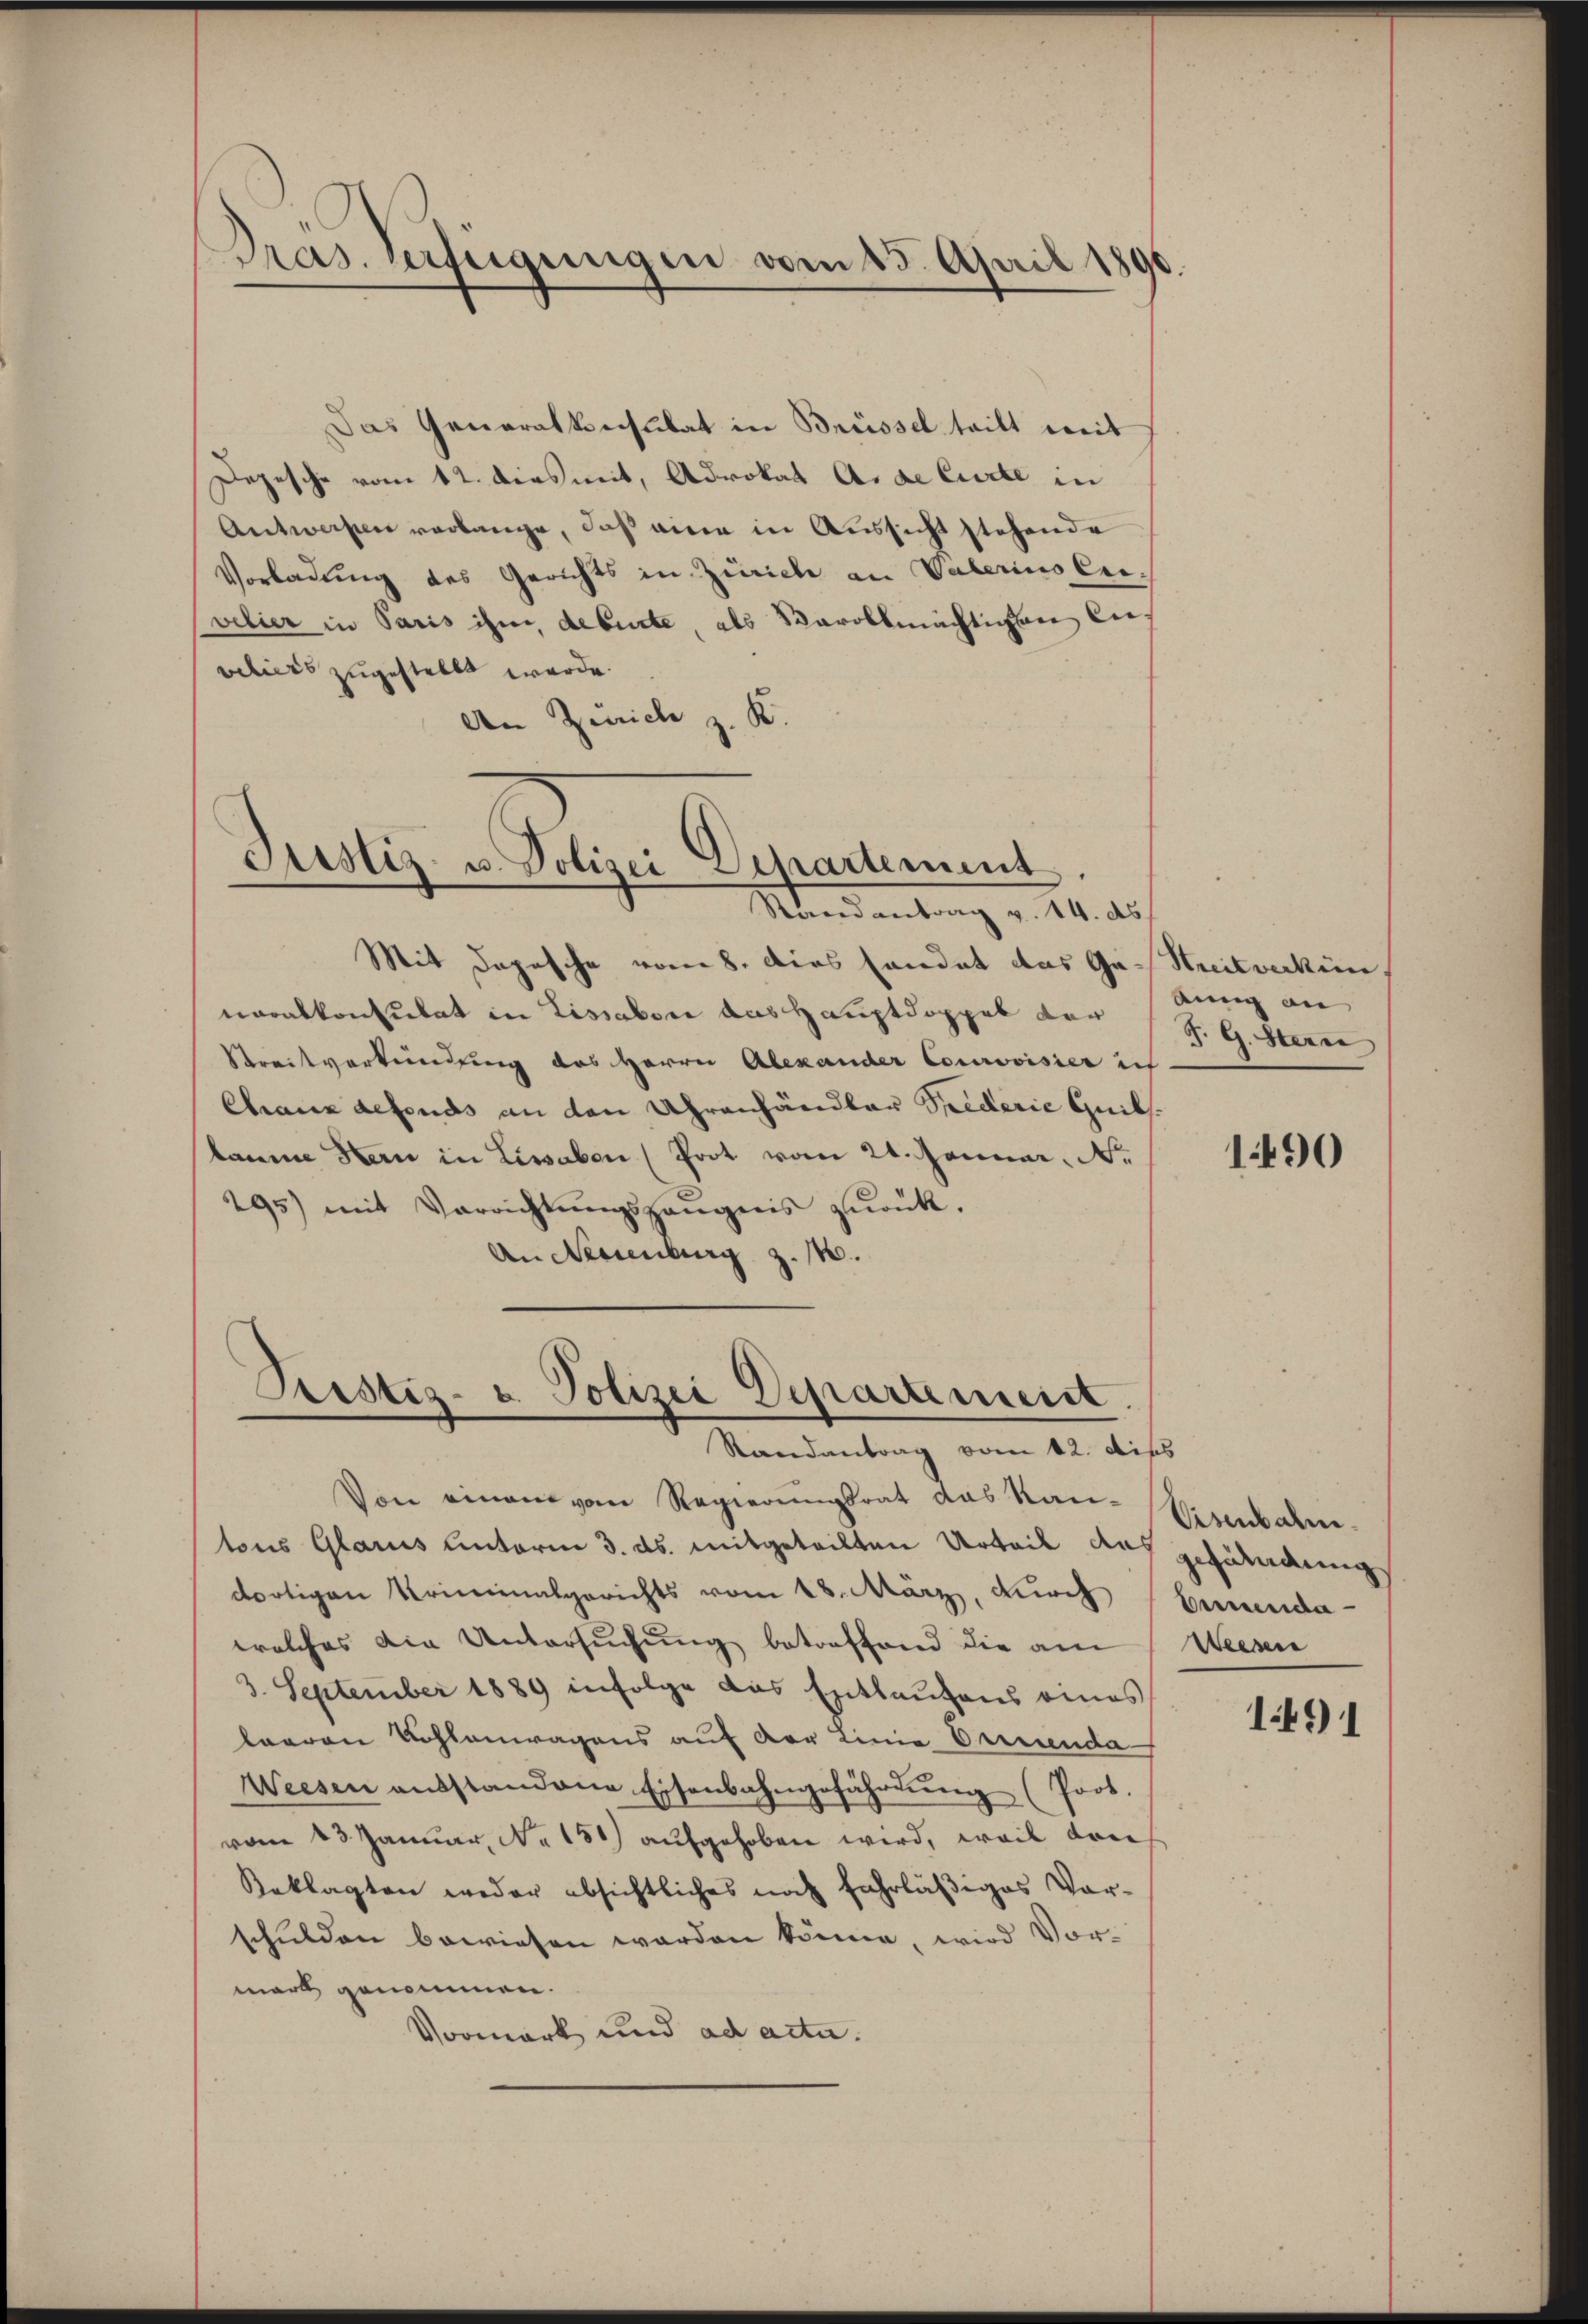
Pras. Verfügungen vom 15. April 1890.

Das Generalkonsulat in Brüssel teilt weit
Depesche vom 12. ders mit, Advokat Arae Curte in
Antworfen verlange, daß eine in Aussicht stehende
Vorladung des Gerichts in Zürich an Vaterins Crevelier in Paris ihm, deburte, als Savollmächlichen lieveliers zugestellt werde.
An Zürich z. K.

Justiz- u. Polizei Departement
Mandantrag v. 14. ds

Mit Depesche vom 8. Dies handet das Genaralkonsulat in Lissaboni das Hauptdoppel der
Kreisverkündung des Herrn Alexander Courovisier ich
Chaux defonds an den Uhrenhändler Seiderie Quils.
baume Hern in Lissaben (Prot vom 21. Jänner, N
295) mit Verrichtungszeugnis zurück.
An Neesenburg z. 10.

Pristiz- & Polizei Departement.

Randantrag vom 12. Diss
Von einem vom Regierŭngsrat das Kan-Eisenbahn-
tons Glarus Unterm 3. ds. mitgeteilten Urteil doch gefährdung
dortigen Kriminalgerichts vom 18. März, durch
welches die Untersuchung betreffend die am
3. September 1889 infolge das Entlaŭfens eines
leeren Kohlauwagens auf der Linie Orienda
Weesen ausstandene Eisenbahngefährdung (Poos.
vom 23. Januar, No. 151) aufgehoben wird, weil dan
Reklagten weder absichtliches noch fahrläßiges Vorschulden bewiesen worden könne, wird Vormark genommen.
Vormark und ad acta.

Streitverkün
lung an
J. G. Stern

1490

Versende
Weesen

1691